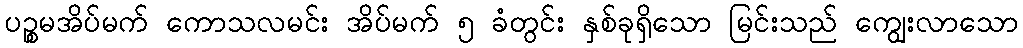
ပဉ္စမအိပ်မက် ကောသလမင်း အိပ်မက် ၅ ခံတွင်း နှစ်ခုရှိသော မြင်းသည် ကျွေးလာသော